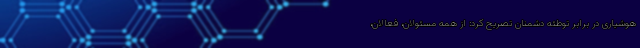
هوشیاری در برابر توطئه دشمنان تصریح کرد: از همه مسئولان، فعالان،